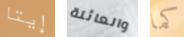
إيتا والعائلة كما